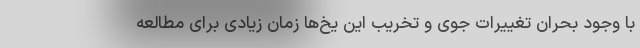
با وجود بحران تغییرات جوی و تخریب این یخ‌ها زمان زیادی برای مطالعه